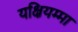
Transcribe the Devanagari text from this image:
यक्षियम्मा